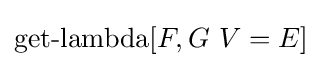
\operatorname {get-lambda} [F,G\ V=E]